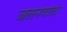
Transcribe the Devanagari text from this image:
जलनवाला